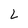
Character: L